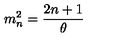
m _ { n } ^ { 2 } = { \frac { 2 n + 1 } { \theta } }